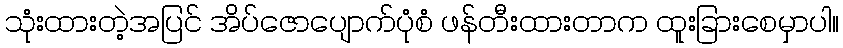
သုံးထားတဲ့အပြင် အိပ်ဇောပျောက်ပုံစံ ဖန်တီးထားတာက ထူးခြားစေမှာပါ။